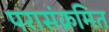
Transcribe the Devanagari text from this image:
परासंक्रमित